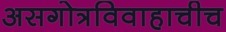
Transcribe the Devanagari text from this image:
असगोत्रविवाहाचीच